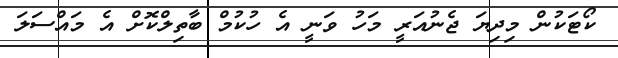
ކޯޓަކުން މިދިޔަ ޖެނުއަރީ މަހު ވަނީ އެ ހުކުމް ބާތިލްކޮށް އެ މައްސަލަ